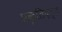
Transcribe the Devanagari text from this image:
प्रकृतिदत्त